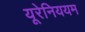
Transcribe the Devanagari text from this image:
यूरेनिययम